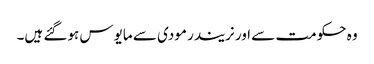
وہ حکومت سے اور نریندر مودی سے مایوس ہوگئے ہیں۔